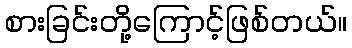
စားခြင်းတို့ကြောင့်ဖြစ်တယ်။